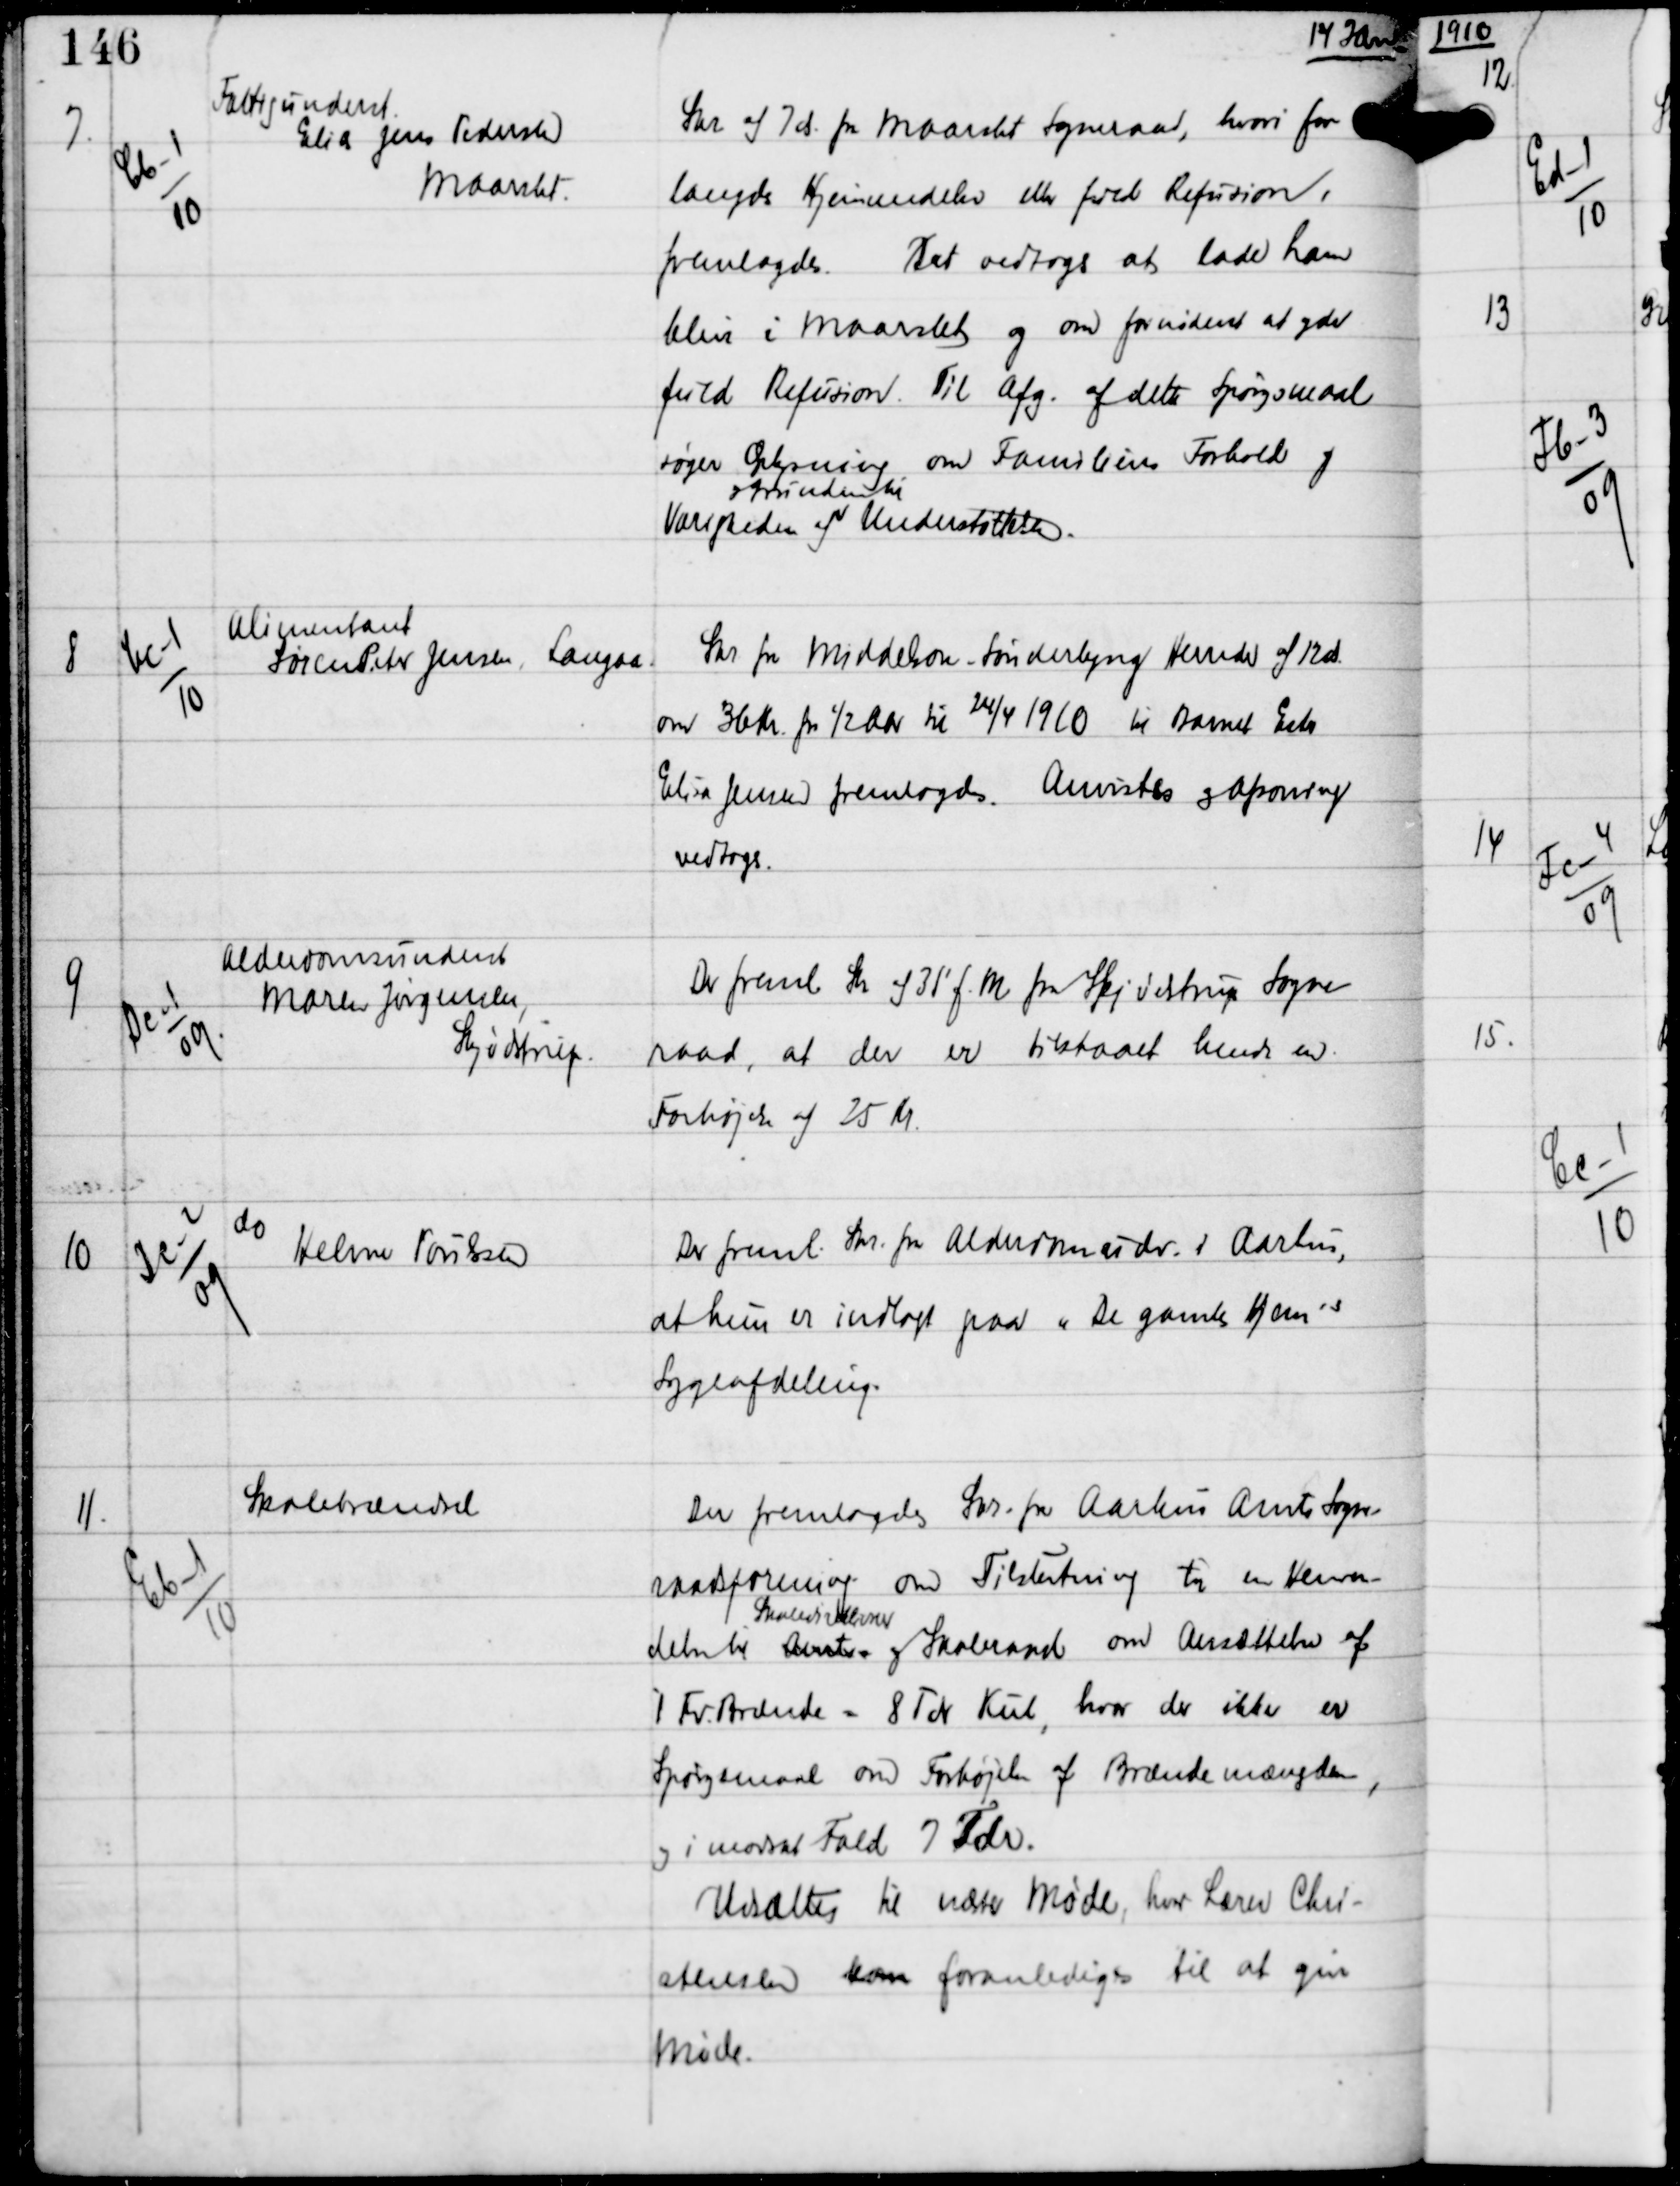
Transskription:
14 Jan

7.

Cb-1
10

Fattigunderst
Elias Jens Pedersen
Maaslet

Skr af 7 ds fra Maarslet Sogneraad, hvori for-
langdes Hjemsendelse eller ford Refusion,
fremlagdes.
Det vedtoges at lade ham
blive i Maarslet og om fornøden at give
fuld Refusion. Til Afg af dette Spørgsmaal
søges Oplysning om Familiens Forhold og
Varigheden af
og Grunden til
Understøttelsen.

8

Cc-1
10

Alimentant
Søren Peter Jensen, Langaa

Skr fra Middelsom-Sønderlyng Herred af 12 ds
om 36 Kr for ½ Aar til 24/4 1910 til Barnet Ester
Elisa Jensen fremlagdes. Anvistes og Afsoning
vedtoges.

9

Dc-1
09

Alderdomsunderst
Maren Jørgensen
Skødstrup

Der freml Skr af 31' f.M fra Skødstrup Sogne-
raad, at der er tilstaaet hende en
Forhøjelse af 25 Kr

10

Dc-2
09

do
Helene Poulsen

Der freml Skr fra Alderdomsudv i Aarhus,
at hun er indlagt paa "De gamles Hjems"
Sygeafdeling.

11.

Eb-1
10

Skolebrændsel

Der fremlagdes Skr. fra Aarhus Amts Sogne-
raadsforening om Tilslutning til en Henven-
delse til Amtxxx
Skoledirektionen
og Skoleraad om Ansættelse af
1 Fv Brænde = 8 Tdr Kul, hvor der ikke er
Spørgsmaal om Forhøjelse af Brændemængden,
og i modsat Fald 7 Tdr.
Udsattes til næste Møde, hvor Lærer Chri-
stensen kan foranlediges til at give
Møde.